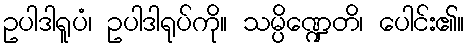
ဥပါဒါရူပံ၊ ဥပါဒါရုပ်ကို။ သမ္ပိဏ္ဍေတိ၊ ပေါင်း၏။